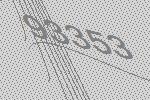
93353